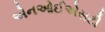
એનઓઈએસટી